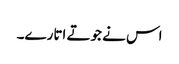
اس نے جوتے اتارے۔